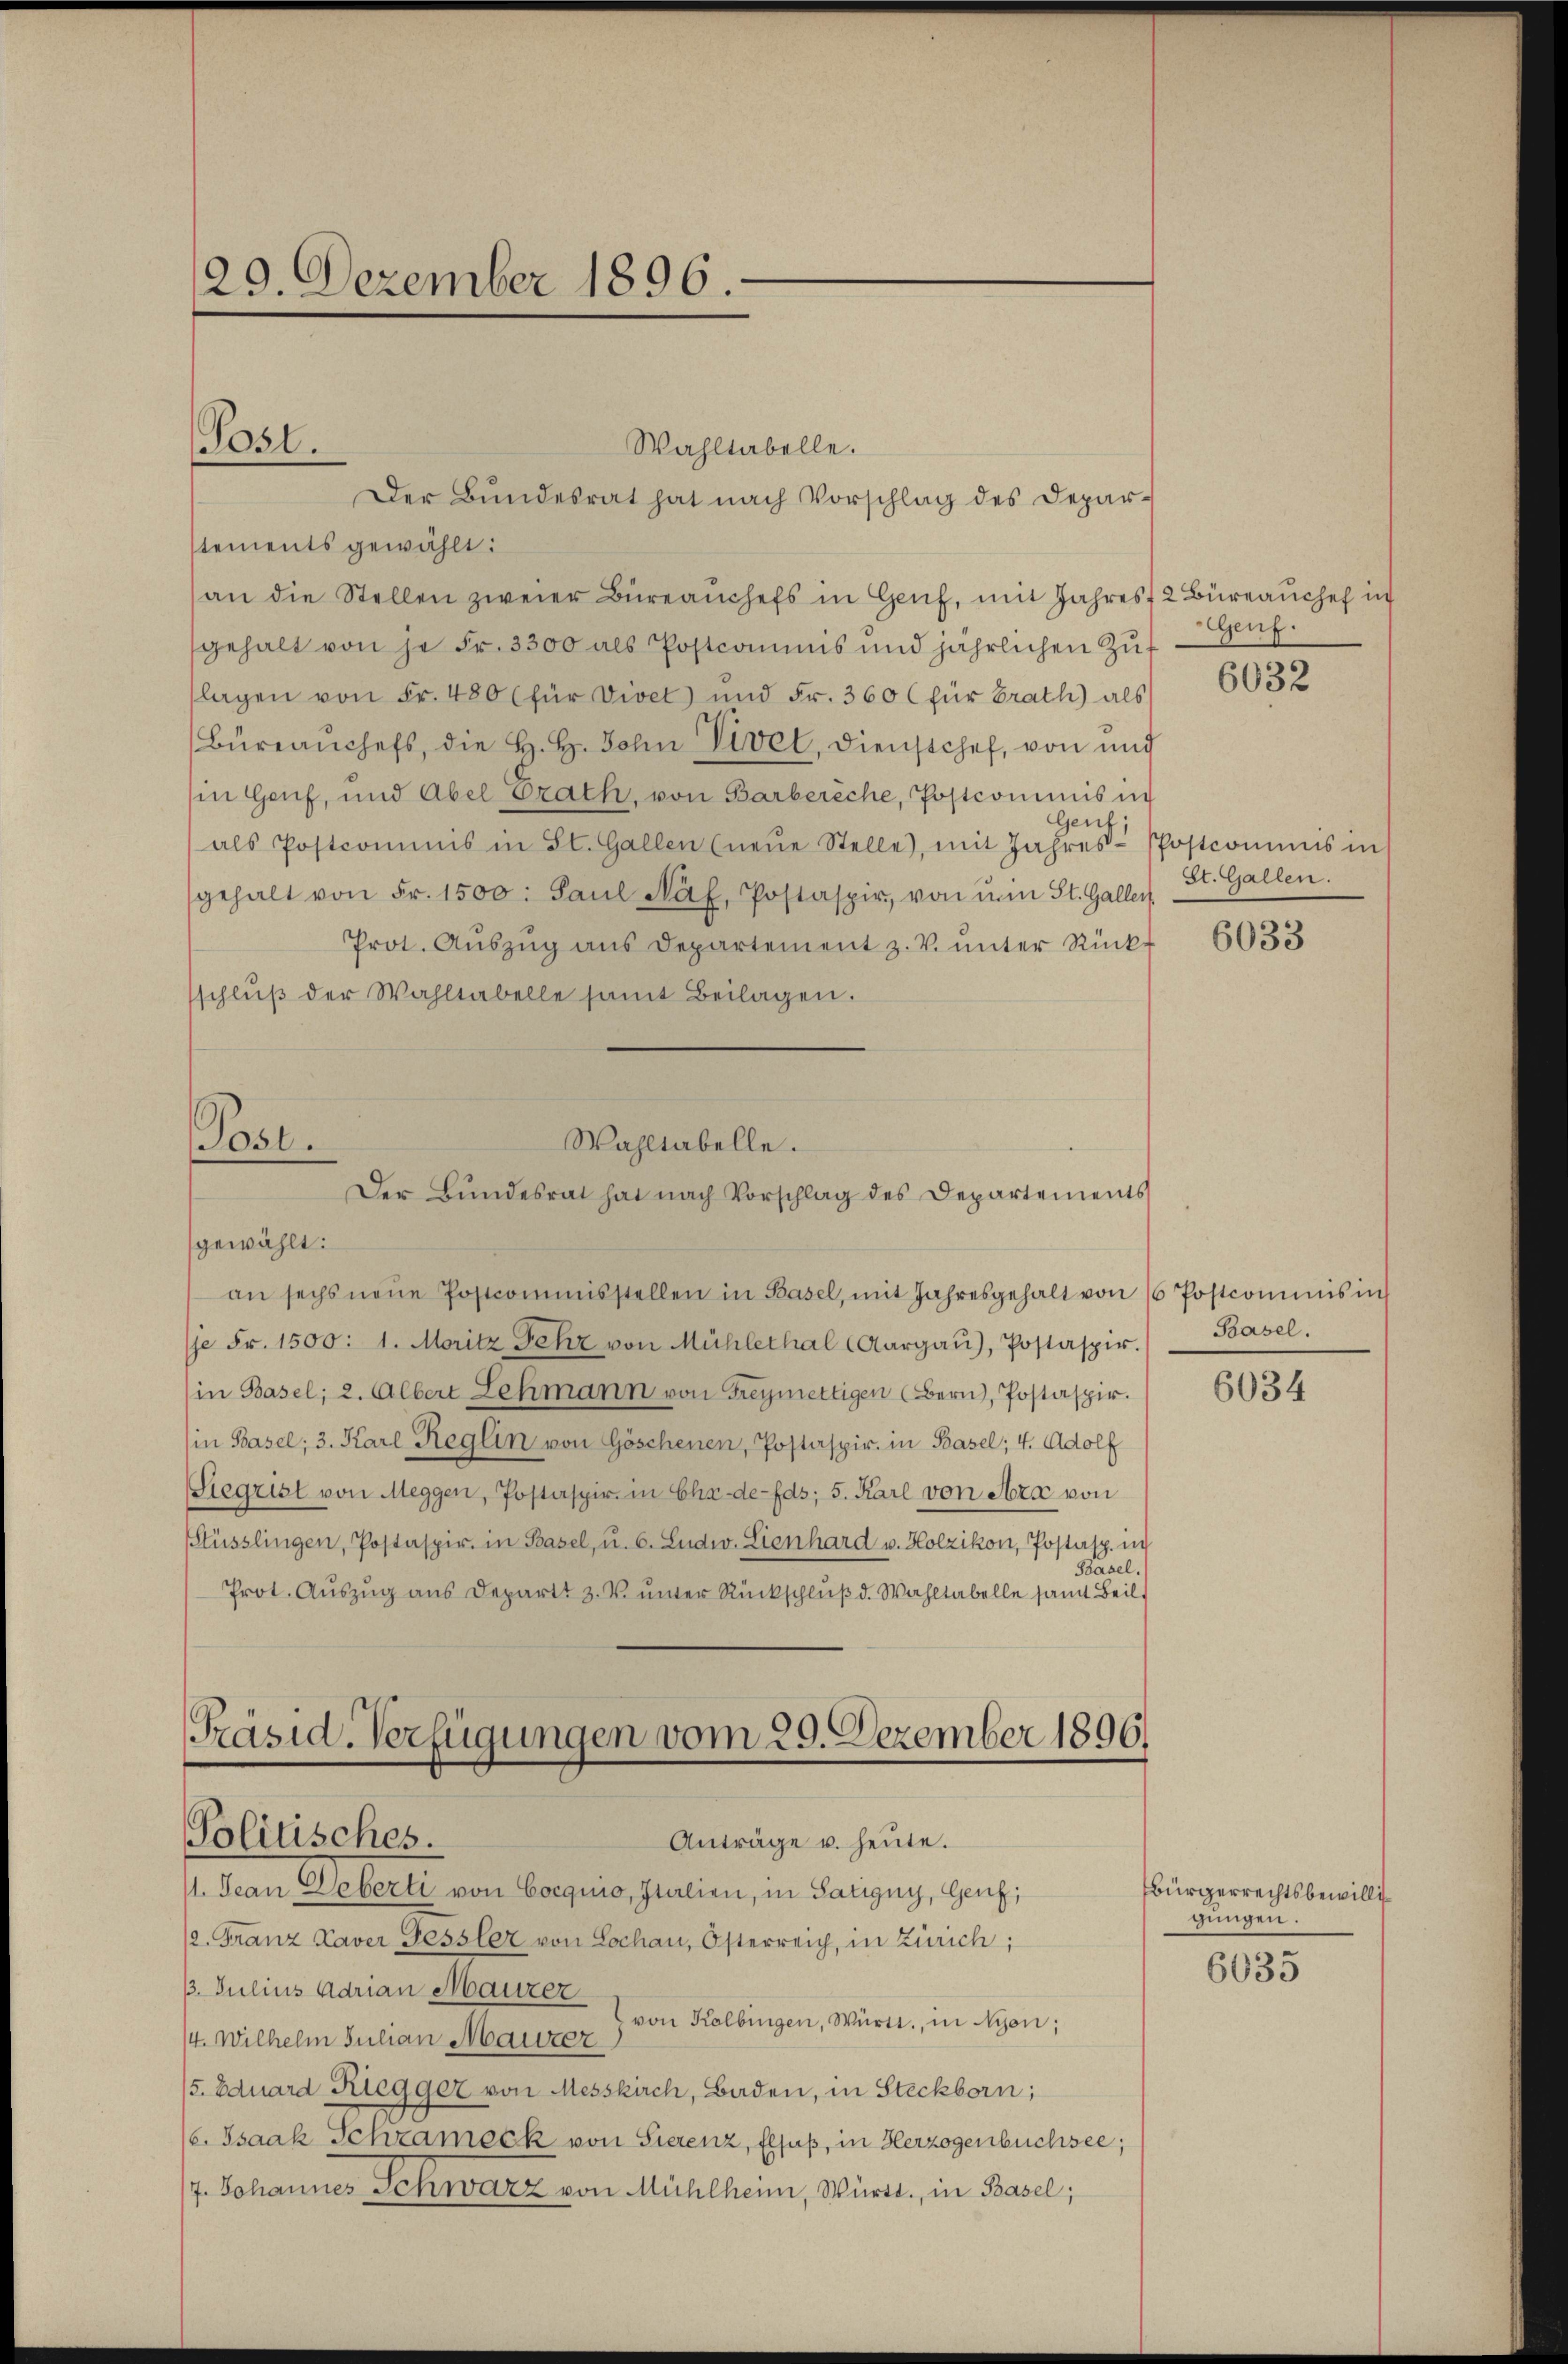
29. Dezember 1896.

Wahltabelle.
Der Bundesrat hat nach Vorschlag des Depar-
stements gewählt:
an die Stellen zweier Büreaŭchefs in Genf, mit Jahres 2 Büreaŭchef in
gehalt von je Fr. 3300 als Postcommis und jährlichen Zŭf
lagen von Fr. 480 (für Vivet) und Fr. 360 (für Brath als
Büreaŭchefs, die H. H. John Vivel, Dienstchef, von und
in Genf, und Abel trath, von Barbereche, Postcommis in
Genf;
als Postcommis in St. Gallen (neŭe Stelle), mit Jahres-Postcommis in
gehalt von Fr. 1500. Paŭl Näf, Postasper, von im St. Gallen
Prot. Aŭszŭg ans Departement z. V. ŭnter Rück
sschlŭβ der Wahltabelle samt Beilagen.

(Post.

Post.
Wahltabelle.
Der Bundesrat hat nach Vorschlag des Departements

gewählt:
an sechs neŭe Postcommisstellen in Basel, mit Jahresgehalt von 6 Postcommis in
je Fr. 1500: 1. Moritz sehr von Mühlethal Aargaŭ), Postaspir.
in Basel; 2. Albert Lehmann von Freymettigen (Bern, Postaspir.
in Basel; 3. Karl Reglin von Göschenen, Postaspir. in Basel; 4. Adolf
Siegrist von Meggen, Postaspir. in Cha-de-Eds; 5. Karl von Arx von
Müsslingen, Postaspir. in Basel, u. 6. Ludw. Lienhard u. Holzikon, Postasp. in
Basel.
Prot. Aŭszŭg ans Departt 3. V. ŭnter Rückschlŭβ d. Wahltabelle samt Beil

[Präsid. Verfügungen vom 29. Dezember 1896.
Politisches.
Anträge u. heute.
11. Jean Weberli von Cocquio, Italien, in Satigny, Genf;

/2. Franz Kaver Gessler von Lochan, Österreich, in Zürich;
. Julius Adrian Maurer
von Kolbingen, Württ., in Nyon;
/4. Wilhelm Julian Maurer
5. Eduard Klegger von Messkirch, Baden, in Steckborn,
(6. Isaak Schrameck von Sierenz, Elsaß, in Herzogenbüchsee,
7. Johannes Schwarz von Mühlheim, Württ., in Basel;

Genf.

6032

St. Gallen.

6033

Basel.

6034

Bürgerrechtsbewilligungen.

6035